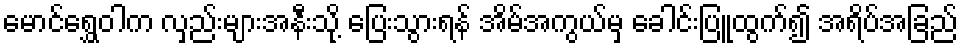
မောင်ရွှေဝါက လှည်းများအနီးသို့ ပြေးသွားရန် အိမ်အကွယ်မှ ခေါင်းပြူထွက်၍ အရိပ်အခြည်